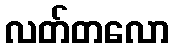
လတ်တလော